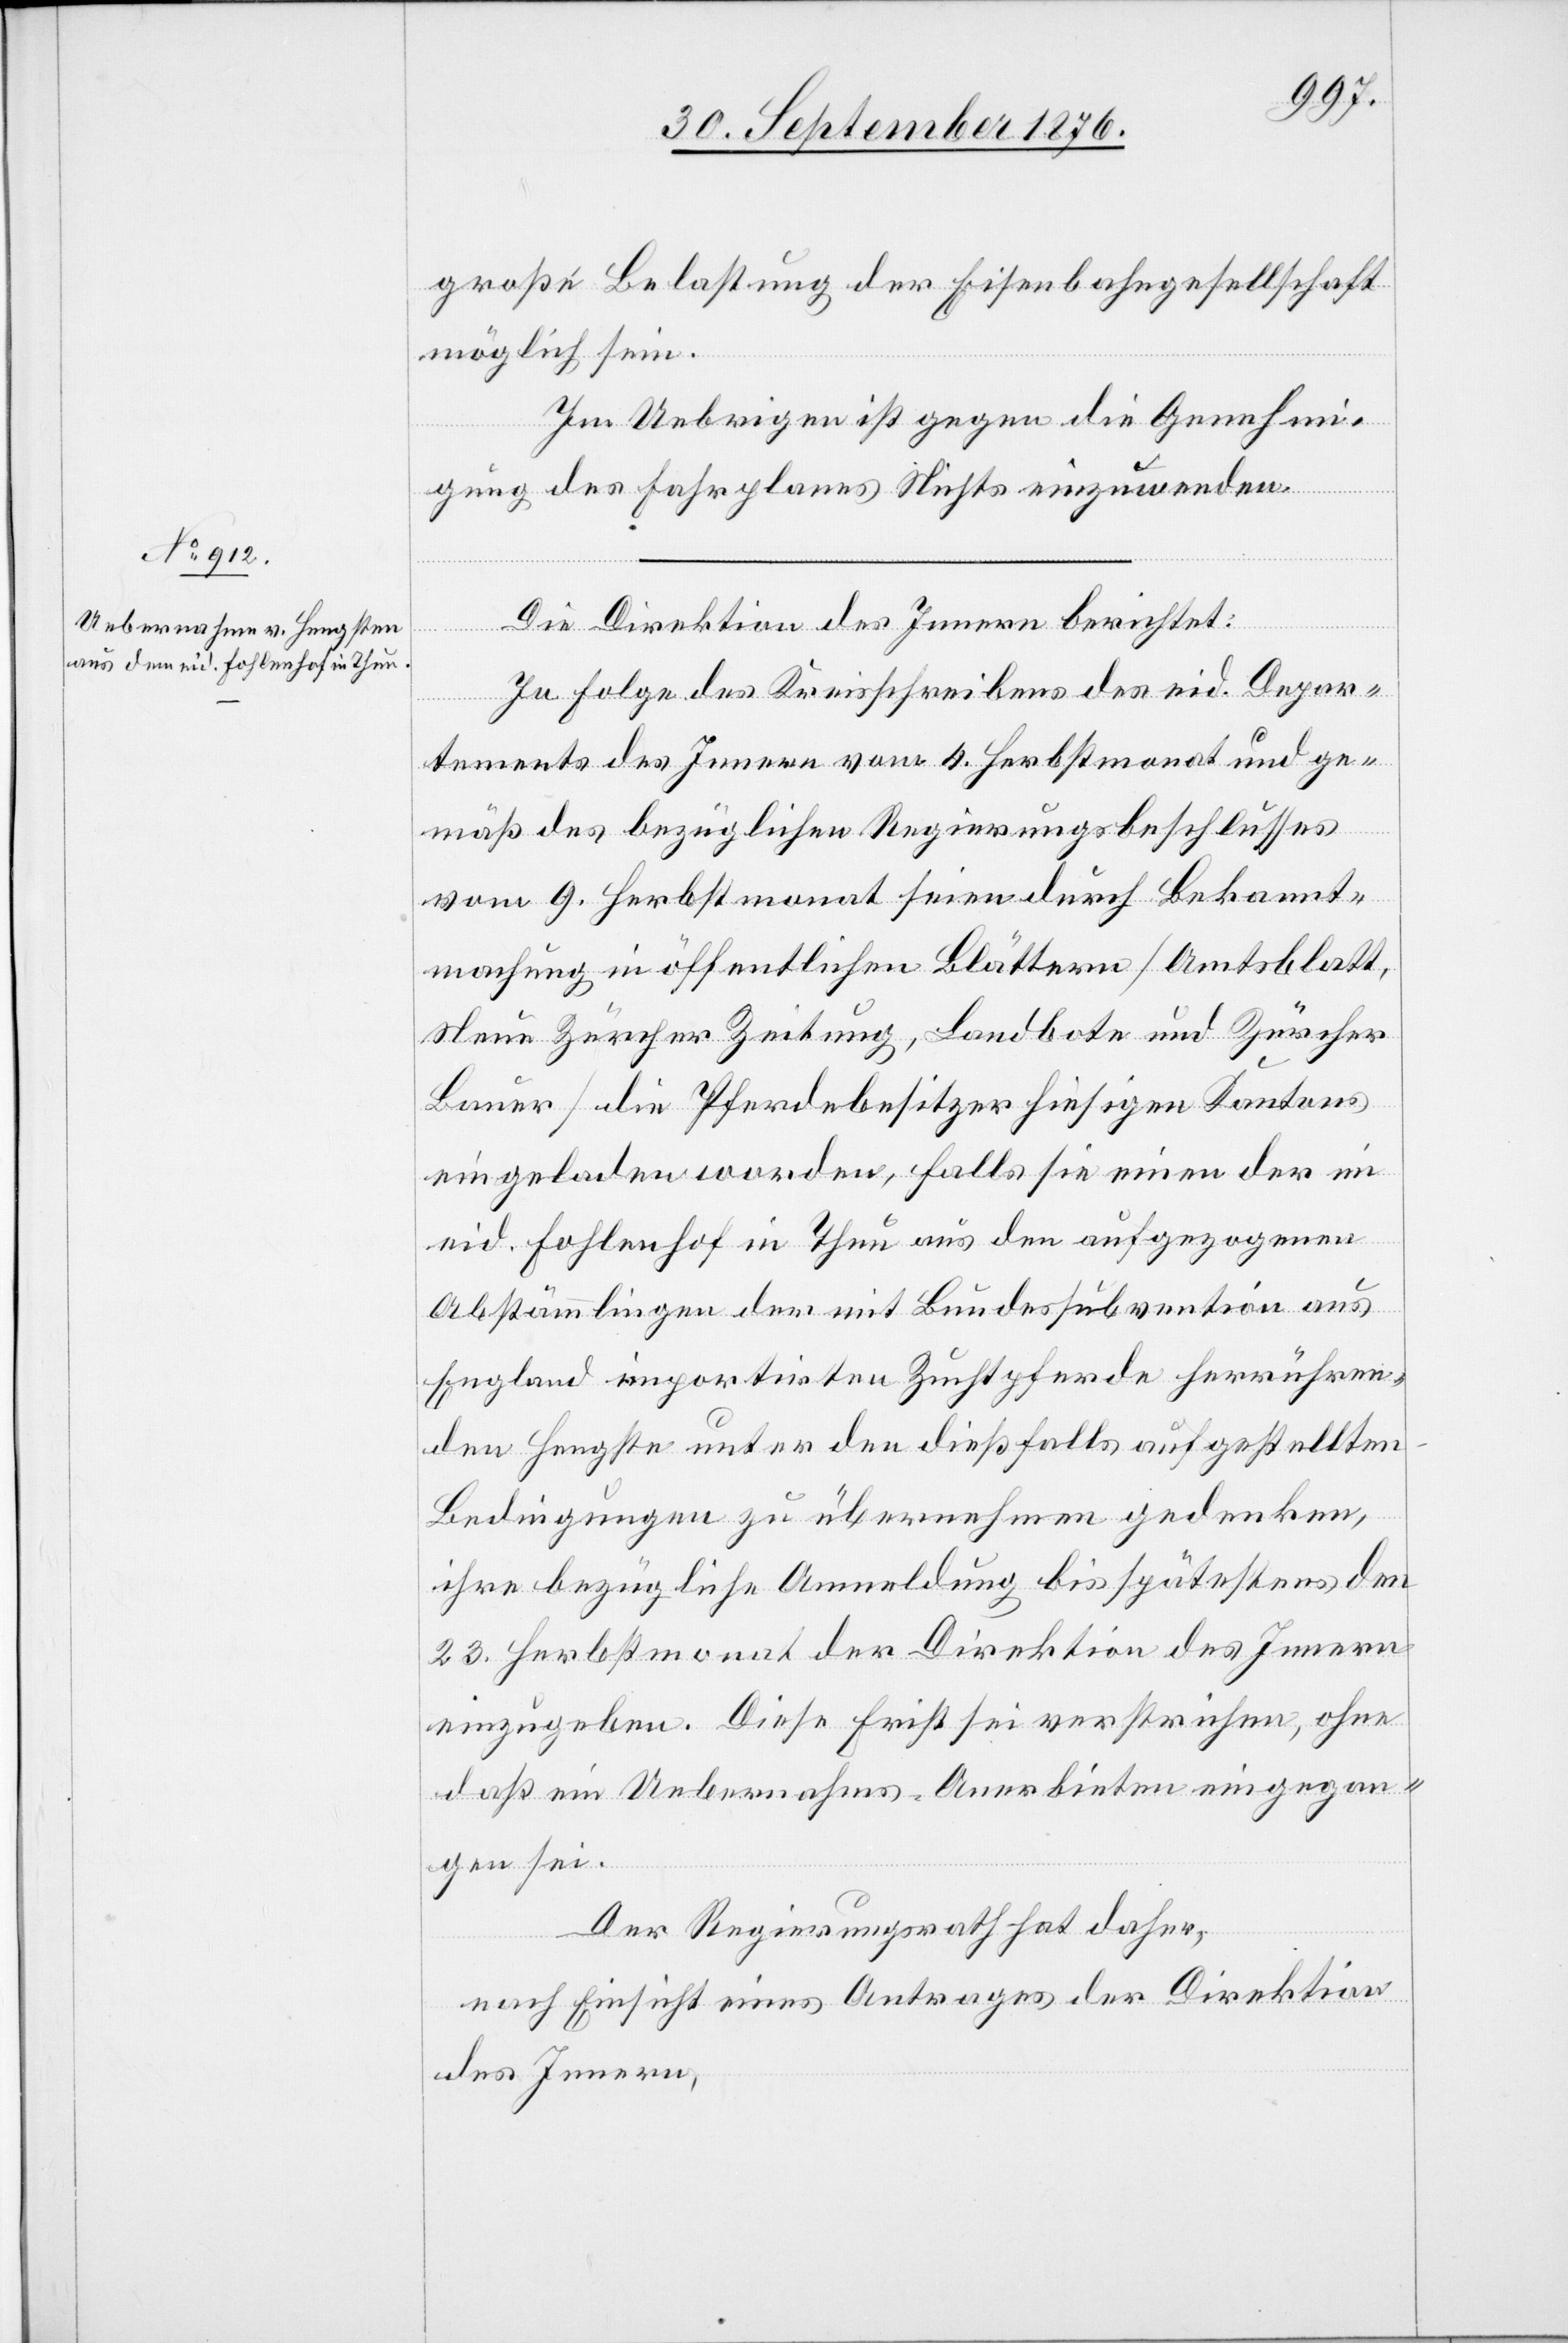
große Belastung der Eisenbahngesellschaft
möglich sein.
Im Uebrigen ist gegen die Genehmi¬
gung des Fahrplanes Nichts einzuwenden.
Die Direktion des Innern berichtet:
In Folge des Kreisschreibens des eid. Depar¬
tement des Innern vom 4. Herbstmonat und ge¬
mäß des bezüglichen Regierungsbeschlusses
vom 9. Herbstmonat seien durch Bekannt¬
machung in öffentlichen Blättern [Amtsblatt,
Neue Zürcher Zeitung, Landbote und Zürcher
Bauer] die Pferdebesitzer hiesigen Kantons
eingeladen worden, falls sie einen der im
eid. Fohlenhof in Thun aus den aufgezogenen
Abstämmlingen der mit Bundessubvention aus
England importirten Zuchtpferde herrühren¬
den Hengste unter den dießfalls aufgestellten
Bedingungen zu übernehmen gedenken,
ihre bezügliche Anmeldung bis spätestens den
23. Herbstmonat der Direktion des Innern
einzugeben. Diese Frist sei verstrichen, ohne
daß ein Uebernahms-Anerbieten eingegan¬
gen sei.
Der Regierungsrath hat daher,
nach Einsicht eines Antrages der Direktion
des Innern,